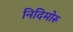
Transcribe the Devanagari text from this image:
निदिमोरू